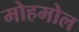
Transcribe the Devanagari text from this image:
मोहमोल